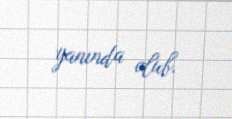
yanında olub.